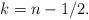
LaTeX: \begin{align*} k=n-1/2.\end{align*}